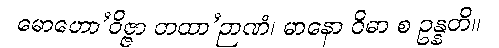
မောဟော’ဝိဇ္ဇာ တထာ’ဉာဏံ၊ မာနော ဝိဓာ စ ဥန္နတိ။